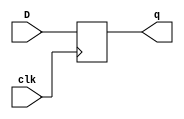
module d_flip_flop(output reg [31:0]q, input clk,input [31:0] D);
	
	always @(posedge clk)
			q <= D;
	
endmodule